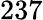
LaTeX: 237